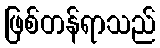
ဖြစ်တန်ရာသည်